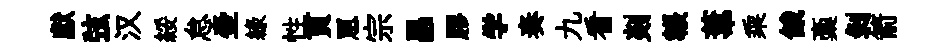
獻弦汉綏怠壷緑性貫罳宗昌膠学奏九看剡韔葦乘餓稾剝箭